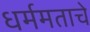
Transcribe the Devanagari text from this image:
धर्ममताचे